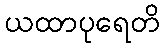
ယထာပုရေတိ